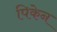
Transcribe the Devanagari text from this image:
पिकेन